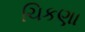
ચિકણા